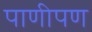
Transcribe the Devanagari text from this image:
पाणीपण